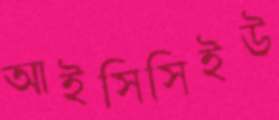
আইসিসিইউ